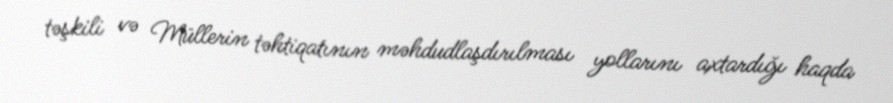
təşkili və Müllerin təhtiqatının məhdudlaşdırılması yollarını axtardığı haqda